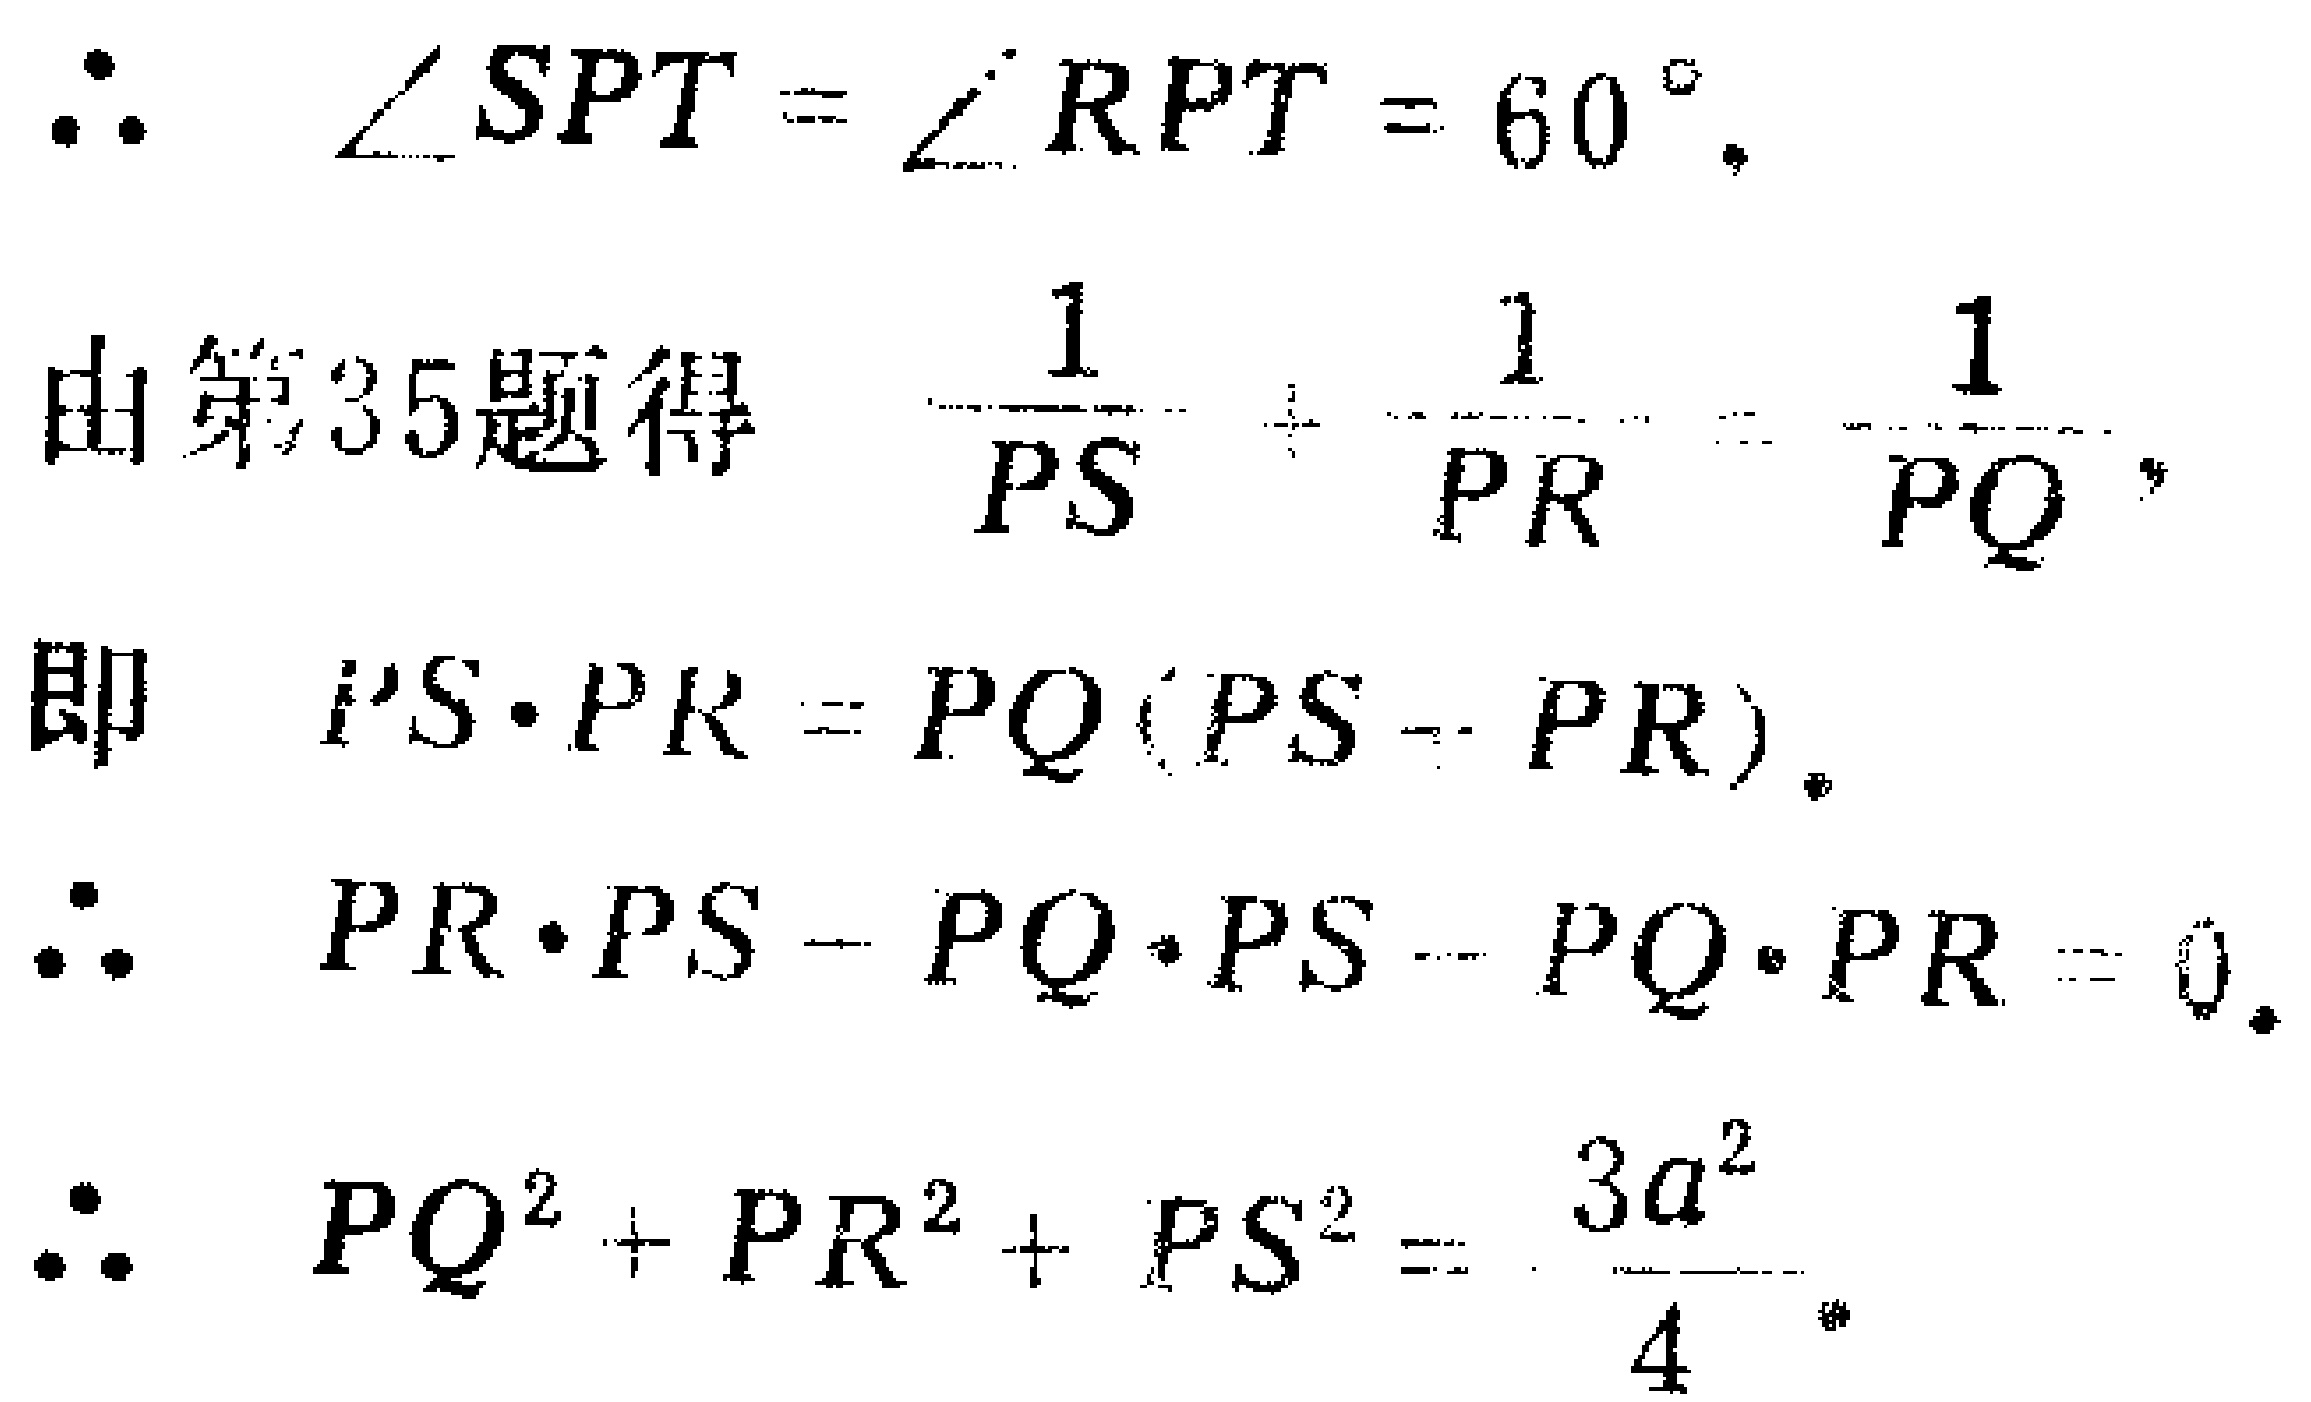
\(\therefore \angle SPT = \angle RPT = 60^{\circ},\)
由第35题得 \(\frac{1}{PS}+\frac{1}{PR}=\frac{1}{PQ},\)
即 \(PS\cdot PR = PQ(PS - PR).\)
\(\therefore PR\cdot PS - PQ\cdot PS - PQ\cdot PR = 0.\)
\(\therefore PQ^{2}+PR^{2}+PS^{2}=\frac{3a^{2}}{4}.\)